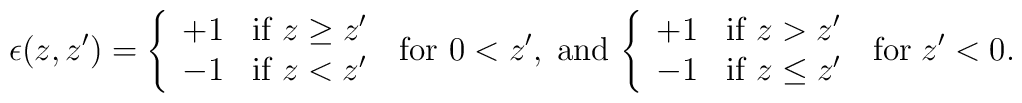
\epsilon(z,z')=\left\{	\begin{array}{ll}	+1 & \mbox{if} \ z \ge z' \\	-1 & \mbox{if} \ z < z' 	\end{array}\right. \; \mbox{for}\ 0<z',\; \mbox{and}\,\left\{	\begin{array}{ll}	+1 & \mbox{if} \ z > z' \\	-1 & \mbox{if} \ z \leq z' 	\end{array}\right. \; \mbox{for}\; z'<0.